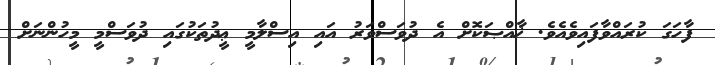
ފާހަގަ ކުރައްވާފައިވެއެވެ. ޚާއްޞަކޮށް އެ ދުވަސްވަރު އައި އިސްލާމީ ޢީދުތަކުގައި ދުވަސްމީ މީހުންނަށް